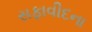
સફાવીદના